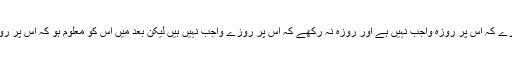
اگر کوئی شخص پچاس فیصد سے زیادہ احتمال اور معقول عذر کی بنا پر یہ خیال کرے کہ اس پر روزہ واجب نہیں ہے اور روزہ نہ رکھے کہ اس پر روزے واجب نہیں ہیں لیکن بعد میں اس کو معلوم ہو کہ اس پر روزہ واجب تھا ایسی صورت میں قضا اور کفارہ کے اعتبار سے اس کا کیا حکم ہے ؟